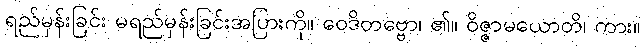
ရည်မှန်းခြင်း မရည်မှန်းခြင်းအပြားကို။ ဝေဒိတဗ္ဗော၊ ၏။ ဝိဇ္ဇာမယောတိ၊ ကား။